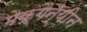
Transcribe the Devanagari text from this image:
मेक्गैन्यीन